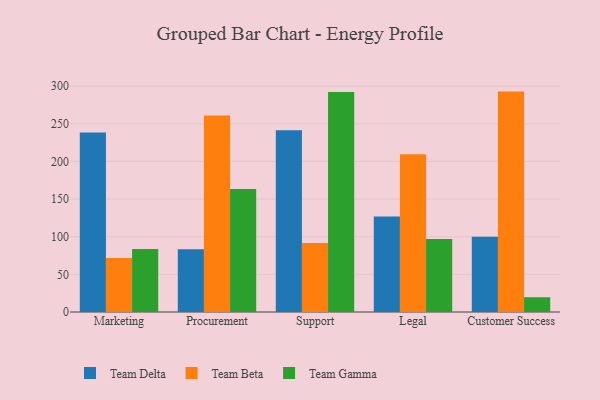
{"axis": {"x": "Department", "y": "Shipments"}, "legend": ["Team Beta", "Team Delta", "Team Gamma"], "data": [{"x": "Marketing", "y": 238.3, "type": "Team Delta"}, {"x": "Marketing", "y": 71.6, "type": "Team Beta"}, {"x": "Marketing", "y": 83.6, "type": "Team Gamma"}, {"x": "Procurement", "y": 83.3, "type": "Team Delta"}, {"x": "Procurement", "y": 260.9, "type": "Team Beta"}, {"x": "Procurement", "y": 163.3, "type": "Team Gamma"}, {"x": "Support", "y": 241.3, "type": "Team Delta"}, {"x": "Support", "y": 91.6, "type": "Team Beta"}, {"x": "Support", "y": 292.2, "type": "Team Gamma"}, {"x": "Legal", "y": 126.8, "type": "Team Delta"}, {"x": "Legal", "y": 209.6, "type": "Team Beta"}, {"x": "Legal", "y": 97.1, "type": "Team Gamma"}, {"x": "Customer Success", "y": 100.0, "type": "Team Delta"}, {"x": "Customer Success", "y": 292.8, "type": "Team Beta"}, {"x": "Customer Success", "y": 19.6, "type": "Team Gamma"}]}